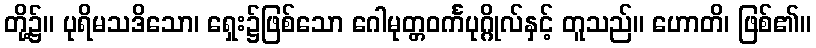
တို့၌။ ပုရိမသဒိသော၊ ရှေး၌ဖြစ်သော ဂေါမုတ္တဝင်္ကပုဂ္ဂိုလ်နှင့် တူသည်။ ဟောတိ၊ ဖြစ်၏။